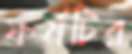
ফর্মটির